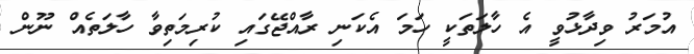
އުމަރު ވިދާޅުވީ އެ ހާލަތަކީ ހަމަ އެކަނި ރާއްޖޭގައި ކުރިމަތިވާ ހާލަތެއް ނޫން